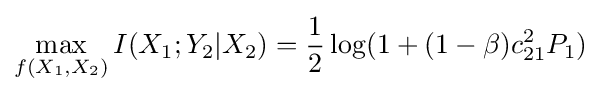
\max _{f(X_{1},X_{2})}I(X_{1};Y_{2}|X_{2})={\frac {1}{2}}\log(1+(1-\beta )c_{21}^{2}P_{1})